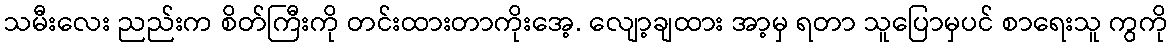
သမီးလေး ညည်းက စိတ်ကြီးကို တင်းထားတာကိုးအေ့. လျော့ချထား အာ့မှ ရတာ သူပြောမှပင် စာရေးသူ ကွကို